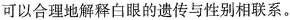
可以合理地解释白眼的遗传与性别相联系。